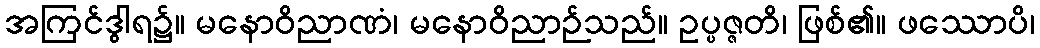
အကြင်ဒွါရ၌။ မနောဝိညာဏံ၊ မနောဝိညာဉ်သည်။ ဥပ္ပဇ္ဇတိ၊ ဖြစ်၏။ ဖဿောပိ၊